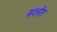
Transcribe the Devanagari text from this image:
अवनीत